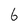
Character: 6